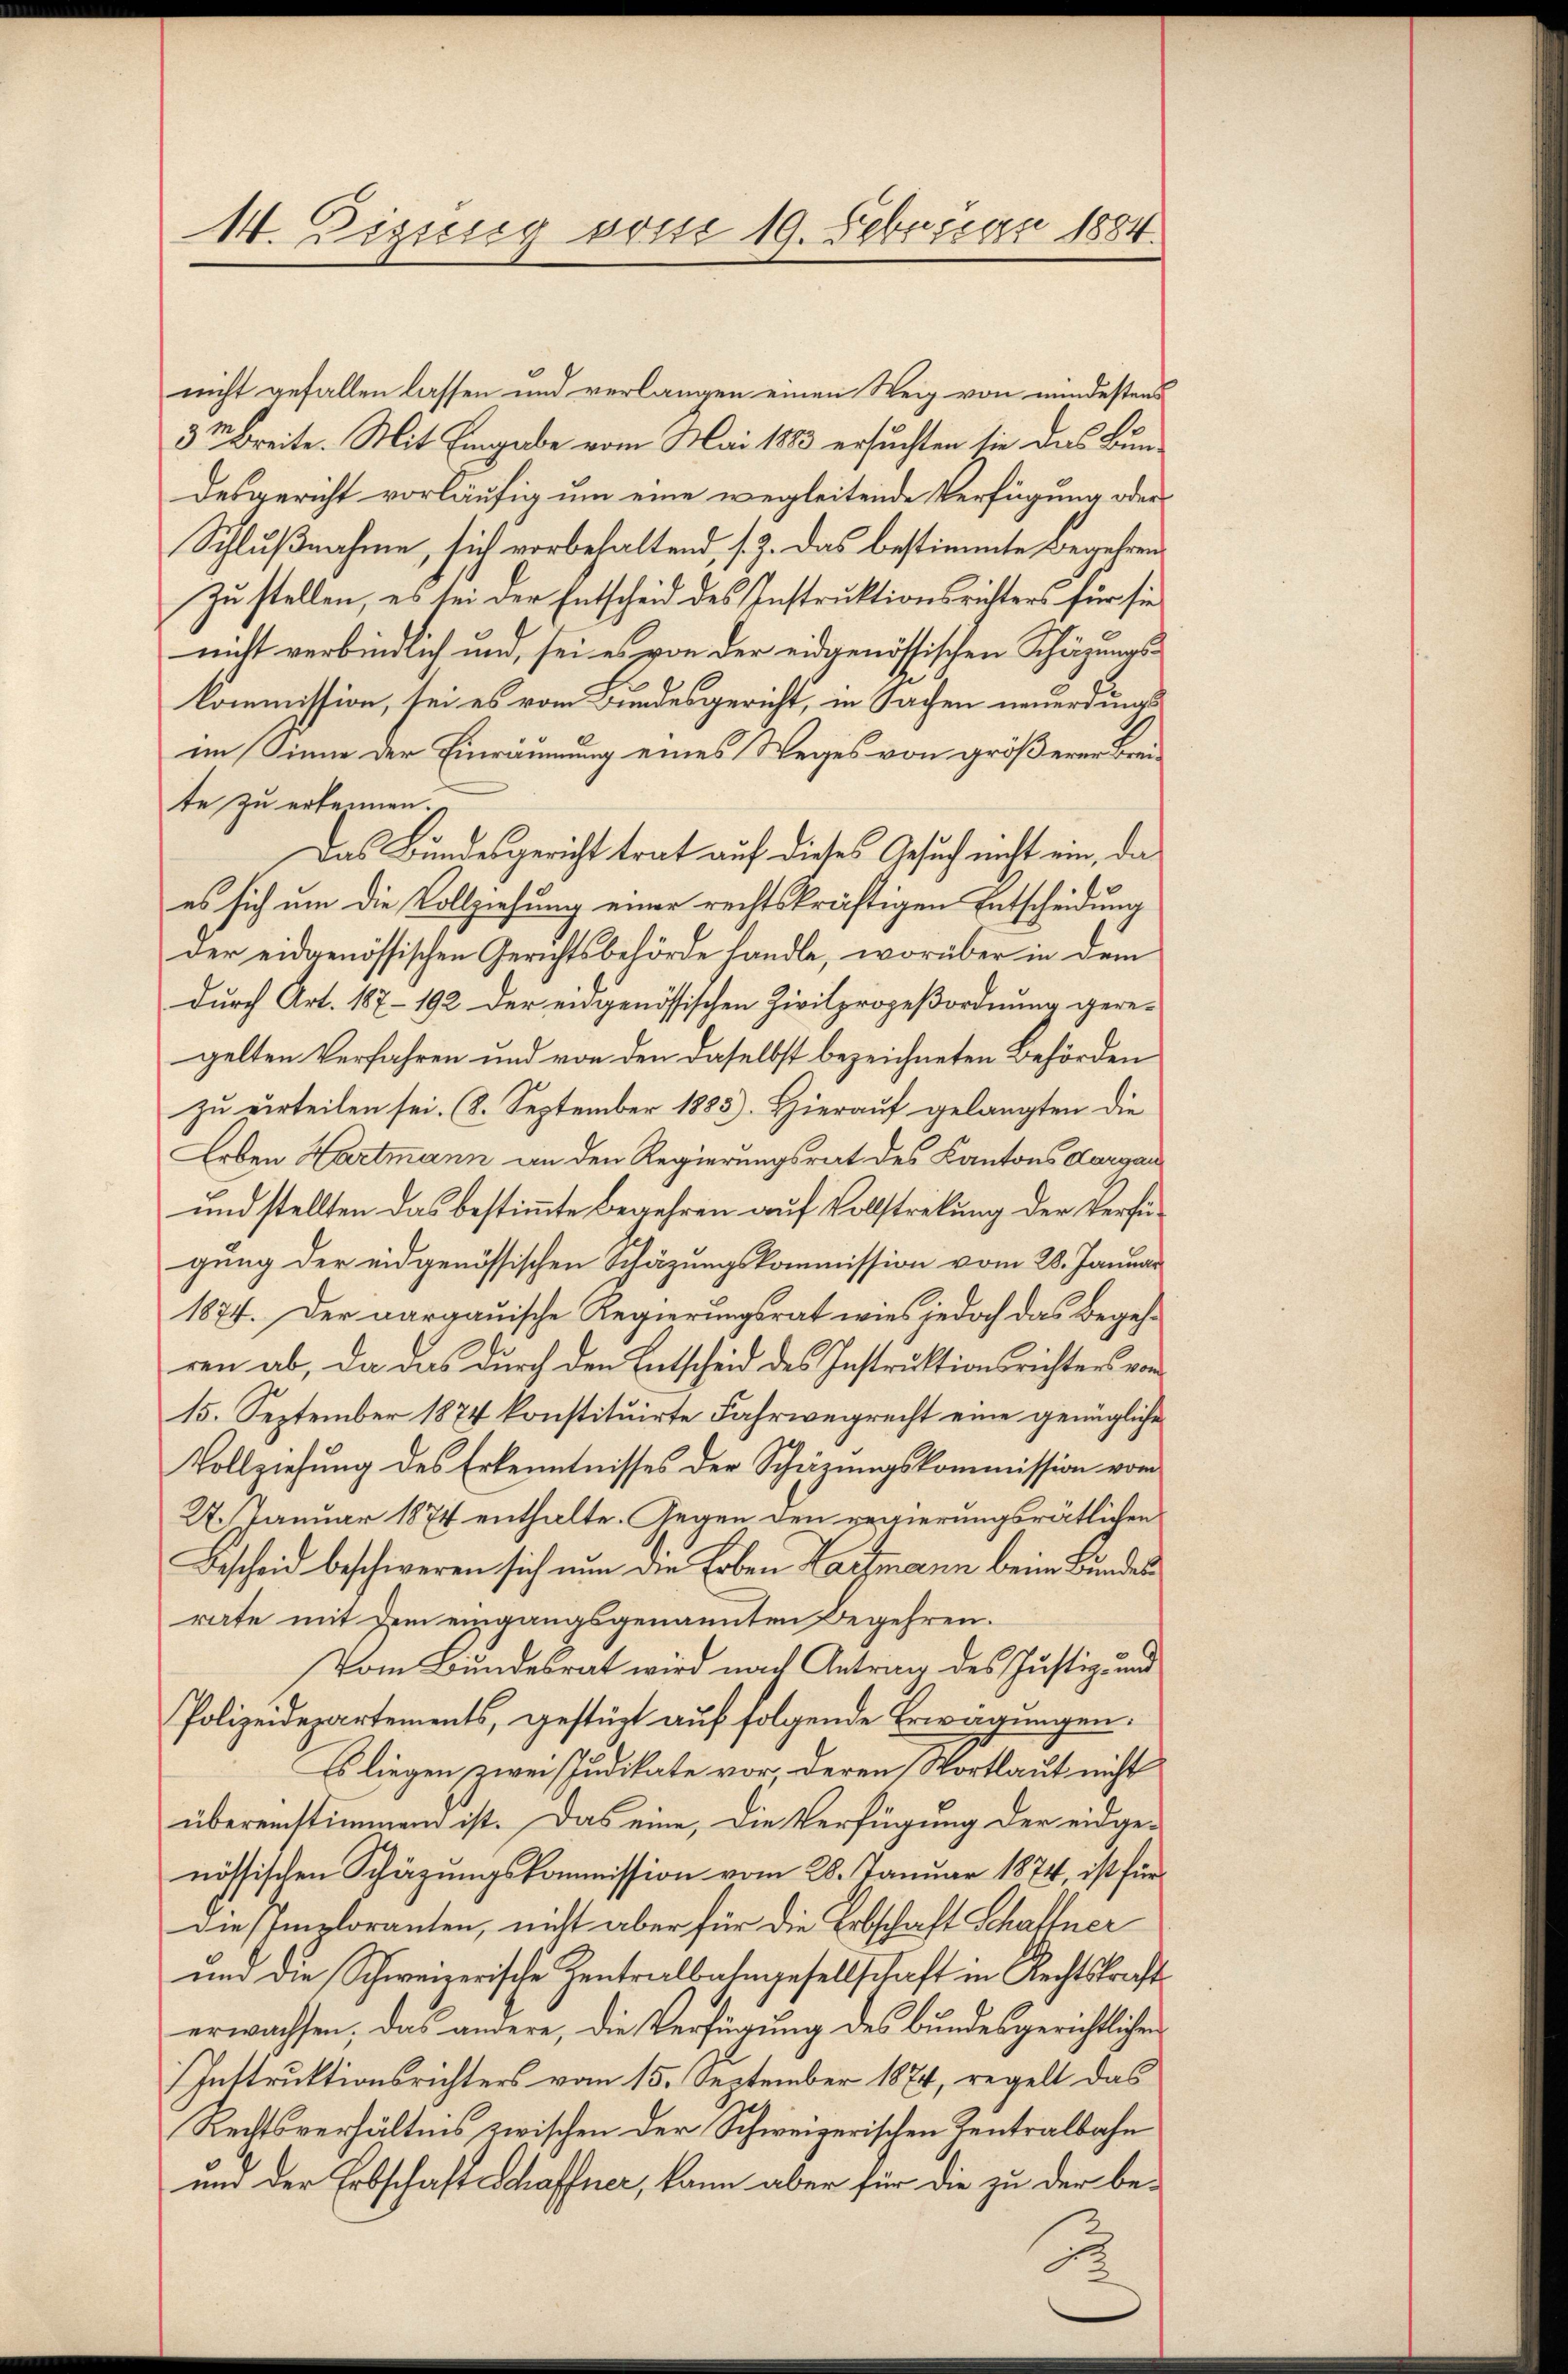
14. Digung vom 19. Febrican 1884.

nicht gefallen lassen und verlangen einen Weig von mindestens
3t Breite. Mit Eingabe vom Mai 1883 ersuchten sie das Bundesgericht vorläufig um eine wegleitende Verfügung oder
Schlußnahme, sich vorbehaltend, s. Z. das bestimmte Begeben¬
Zu stellen, es sei der Entscheid des Instruktionsrichters für sie
nicht verbindlich und, sei es von der eidgenössischen Schüzungs-
kommission, sei es vom Bundesgericht, in Sachen neuerdings
im Sinne der Einräumung eines Weges von größerer Breite zu erkennen.
Das Bundesgericht trat auf dieses Gesuch nicht ein, da
es sich um die Vollziehung einer rechtskräftigen Entscheidung
der eidgenössischen Gerichtsbehörde handle, worüber in dem
durch Art. 187-192 der engenössischen Zivilprozeßordnung gere-
gelten Verfahren und von den daselbst bezeichneten Behörden
zu erteilen sei. (8. September 1883). Hierauf gelangten die
Leben Hartmann an den Regierungsrat des Kantons Aargau
und stellten das bestimmte Begehren auf Vollstretung der Verfügung der eidgenössischen Schäzungskommission vom 28. Januar
1874. Der aargauische Regierungsrat wies jedoch das Begehren ab, da das durch den Entscheid des Instruktionsrichters von
15. September 1874 konstituirte Fahrwegrecht eine genügliche
Vollziehung des Erkenntnisses der Schärungskommission vom
27. Januar 1874 enthalte. Gegen den regierungsrätlichen
Bescheid beschweren sich nun die Erben Lachmann beim Bundes
rate mit dem eingangsgenannten Begehren.
Vom Bundesrat wird nach Antrag des Justiz- und
Polizeidepartements, gestützt auf folgende Erwägungen.
Es liegen zwei Judikate vor deren Wortlaut nicht
übereinstimmend ist. Das eine, die Verfügung der eidge-
nössischen Schäzungskommission vom 28. Januar 1874, ist für
Die Imploranten, nicht aber für die Erbschaft Schallner
und die Schweizerische Zentralbahngesellschaft in Rechtskraft
erwachsen, das andere, die Verfügung des bundesgerichtlichen
Instruktionsrichters vom 15. September 1874, regelt das
Rechtsverhältnis zwischen der Schweizerischen Zentralbahn
und der Erbschaft Schaffner, kann aber für die zu der be-

.